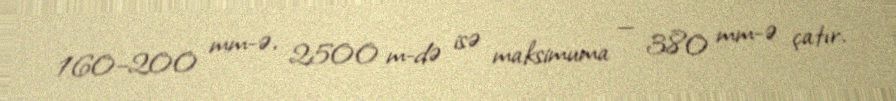
160–200 mm-ə, 2500 m-də isə maksimuma — 380 mm-ə çatır.